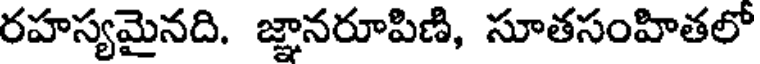
రహస్యమైనది. జ్ఞానరూపిణి, సూతసంహితలో